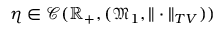
\eta \in \mathcal { C } ( \mathbb { R } _ { + } , ( \mathfrak { M } _ { 1 } , \| \cdot \| _ { T V } ) )